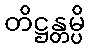
တိဋ္ဌန္တမ္ပိ